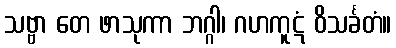
သဗ္ဗာ တေ ဖာသုကာ ဘဂ္ဂါ၊ ဂဟကူဋံ ဝိသင်္ခတံ။